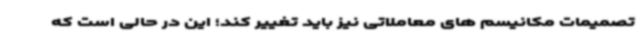
تصمیمات مکانیسم های معاملاتی نیز باید تغییر کند؛ این در حالی است که